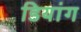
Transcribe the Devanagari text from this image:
डियांग